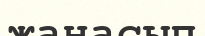
жанасып